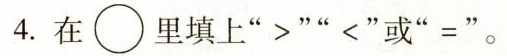
4. 在\bigcirc 里填上” >” <”或”=”。